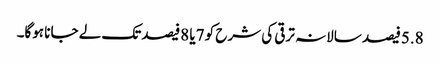
5.8فیصد سالانہ ترقی کی شرح کو 7یا 8فیصدتک لے جانا ہوگا۔